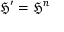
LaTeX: { \mathfrak { H } } ^ { \prime } = { \mathfrak { H } } ^ { n }